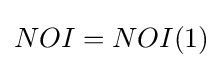
NOI=NOI(1)